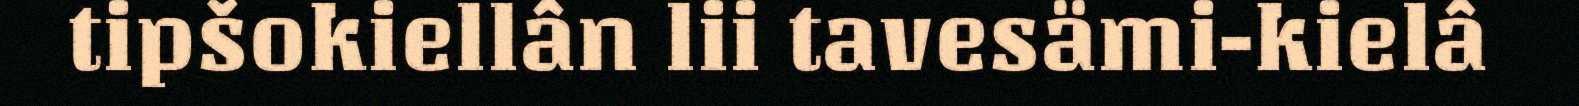
tipšokiellân lii tavesämi-kielâ